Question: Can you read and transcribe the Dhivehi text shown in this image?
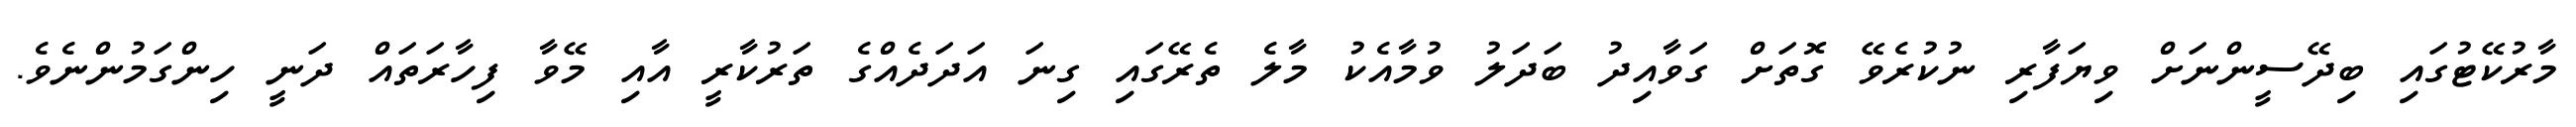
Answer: މާރުކޭޓުގައި ބިދޭސީންނަށް ވިޔަފާރި ނުކުރެވޭ ގޮތަށް ގަވާއިދު ބަދަލު ވުމާއެކު މާލެ ތެރޭގައި ގިނަ އަދަދެއްގެ ތަރުކާރީ އާއި މޭވާ ފިހާރަތައް ދަނީ ހިންގަމުންނެވެ.